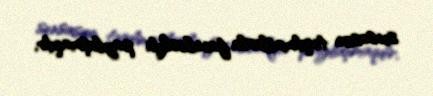
sensasion təqdimatlarla facebookda paylaşmaqdır.